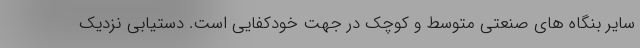
سایر بنگاه های صنعتی متوسط و کوچک در جهت خودکفایی است. دستیابی نزدیک